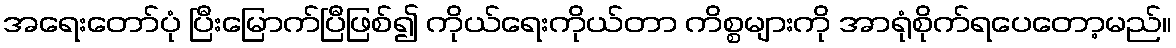
အရေးတော်ပုံ ပြီးမြောက်ပြီဖြစ်၍ ကိုယ်ရေးကိုယ်တာ ကိစ္စများကို အာရုံစိုက်ရပေတော့မည်။